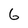
Character: 6